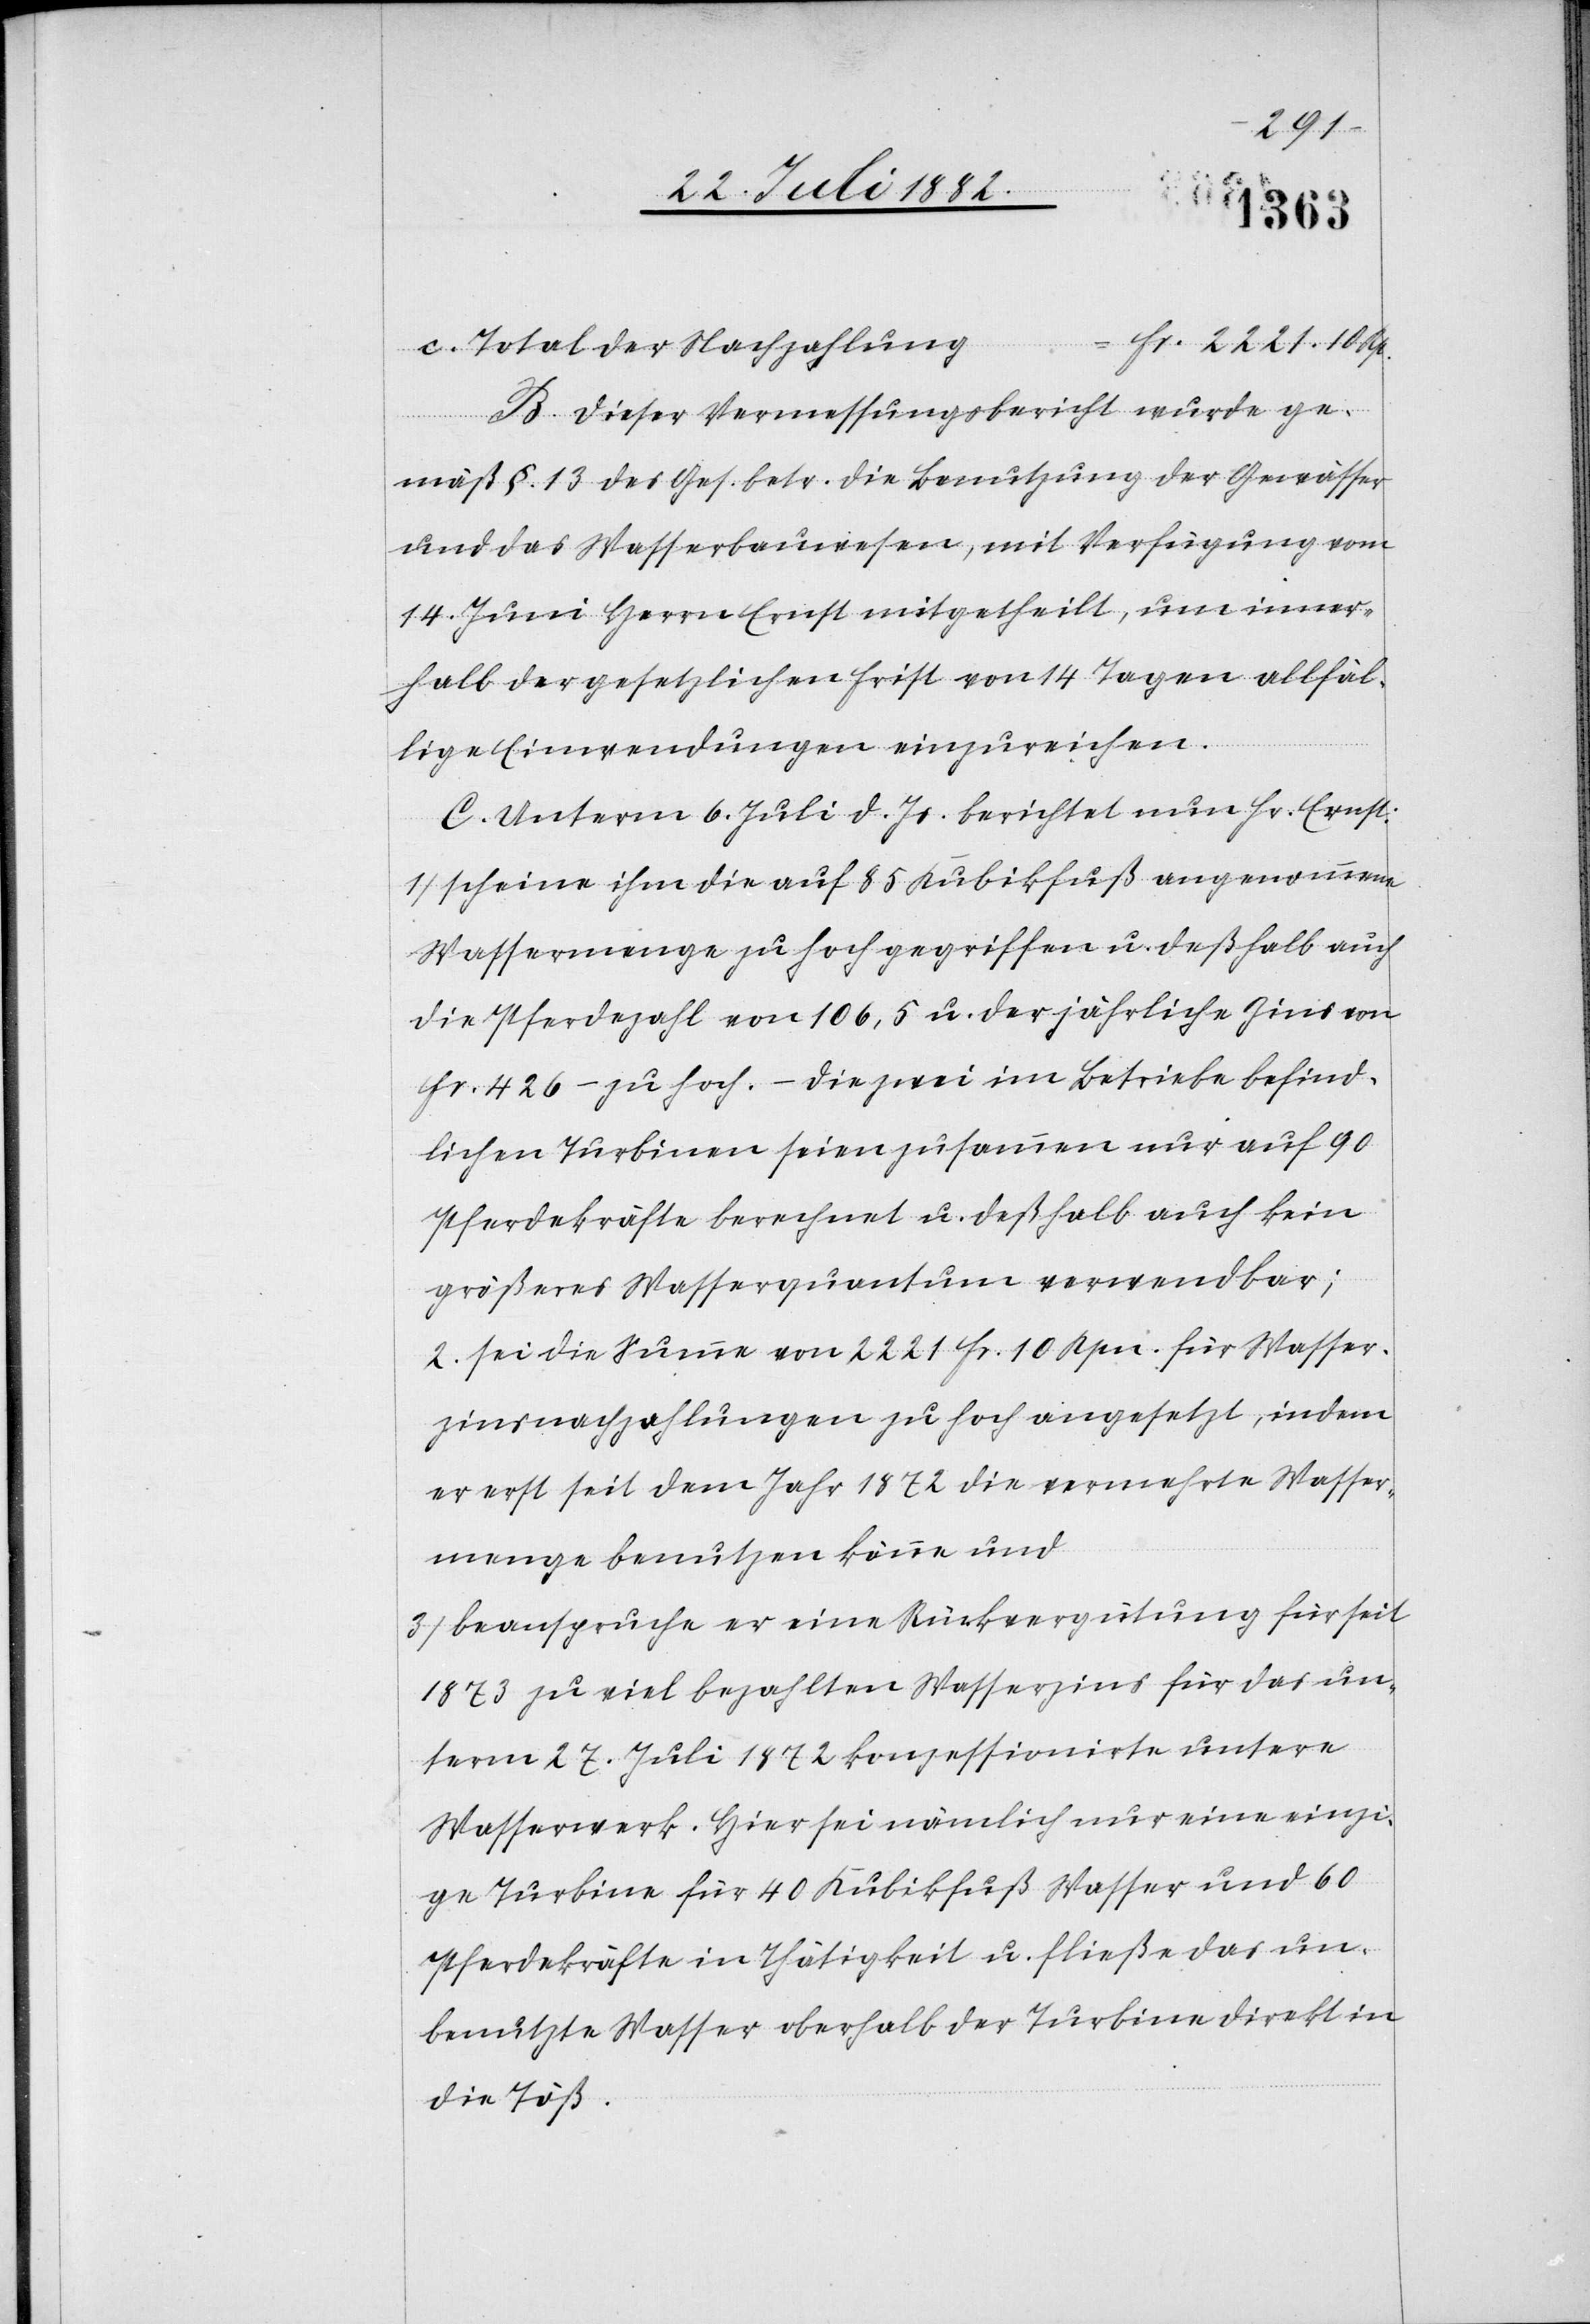
c. Total der Nachzahlung = Fr. 2221. 10 Rp.
B. Dieser Vermessungsbericht wurde ge¬
mäß §. 13 des Ges. betr. die Benutzung der Gewässer
und das Wasserbauwesen, mit Verfügung vom
14. Juni Herrn Ernst mitgetheilt, um inner¬
halb der gesetzlichen Frist von 14 Tagen allfäl¬
lige Einwendungen einzureichen.
C. Unterm 6. Juli d. Js. berichtet nun Hr. Ernst:
1) scheine ihm die auf 85 Kubikfuß angenommene
Wassermenge zu hoch gegriffen u. deßhalb auch
die Pferdezahl von 106,5 u. der jährliche Zins von
Fr. 526 – zu hoch. – Die zwei im Betriebe befind¬
lichen Turbinen seien zusammen nur auf 90
Pferdekräfte berechnet u. deßhalb auch kein
größeres Wasserquantum verwendbar.
2) Sei die Summe von 2221 Fr. 10 Rpn. für Wasser¬
zinsnachzahlungen zu hoch angesetzt, indem
er erst seit dem Jahr 1872 die vermehrte Wasser¬
menge benutzen könne und
3) beanspruche er eine Rückvergütung für seit
1873 zu viel bezahlten Wasserzins für das un¬
term 27. Juli 1872 konzessionirte untere
Wasserwerk. Hier sei nämlich nur eine einzi¬
ge Turbine für 40 Kubikfuß Wasser und 60
Pferdekräfte in Thätigkeit u. fließe das un¬
benutzte Wasser oberhalb der Turbine direkt in
die Töß.